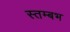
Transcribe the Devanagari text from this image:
स्तम्बभ